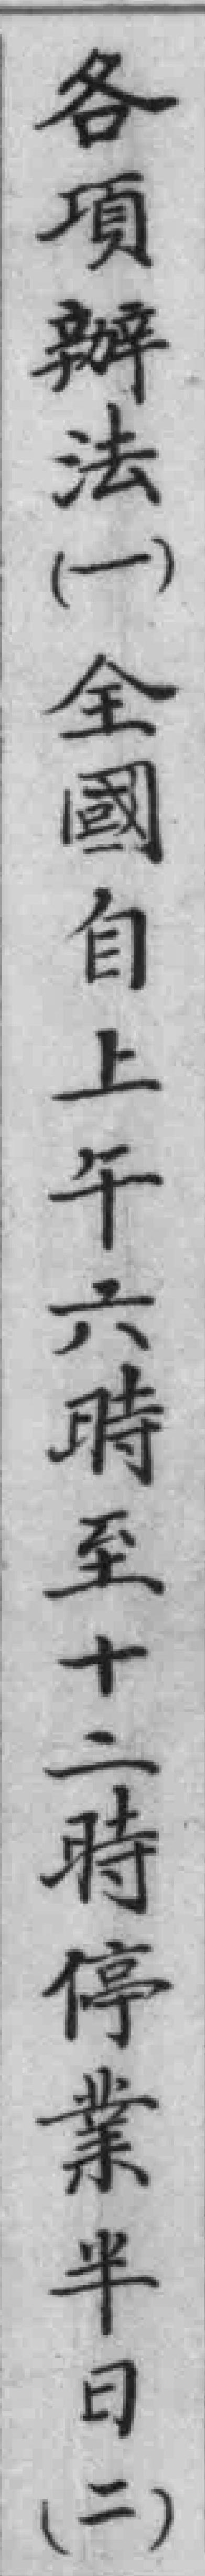
各项辦法（一）全國自上午六時至十二時停業半日（二）